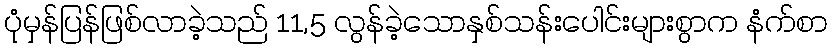
ပုံမှန်ပြန်ဖြစ်လာခဲ့သည် 11,5 လွန်ခဲ့သောနှစ်သန်းပေါင်းများစွာက နံက်စာ